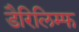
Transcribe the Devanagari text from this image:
डैरिलिम्फ